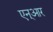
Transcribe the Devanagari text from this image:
एन्‌आर